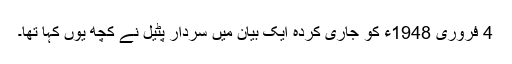
4 فروری 1948ء کو جاری کردہ ایک بیان میں سردار پٹیل نے کچھ یوں کہا تھا۔